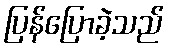
ပြန်ပြောခဲ့သည်